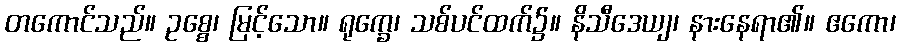
တကောင်သည်။ ဥစ္စေ၊ မြင့်သော။ ရုက္ခေ၊ သစ်ပင်ထက်၌။ နိသီဒေယျ၊ နားနေရာ၏။ ဧကော၊